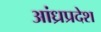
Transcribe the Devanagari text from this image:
अांध्रप्रदेश